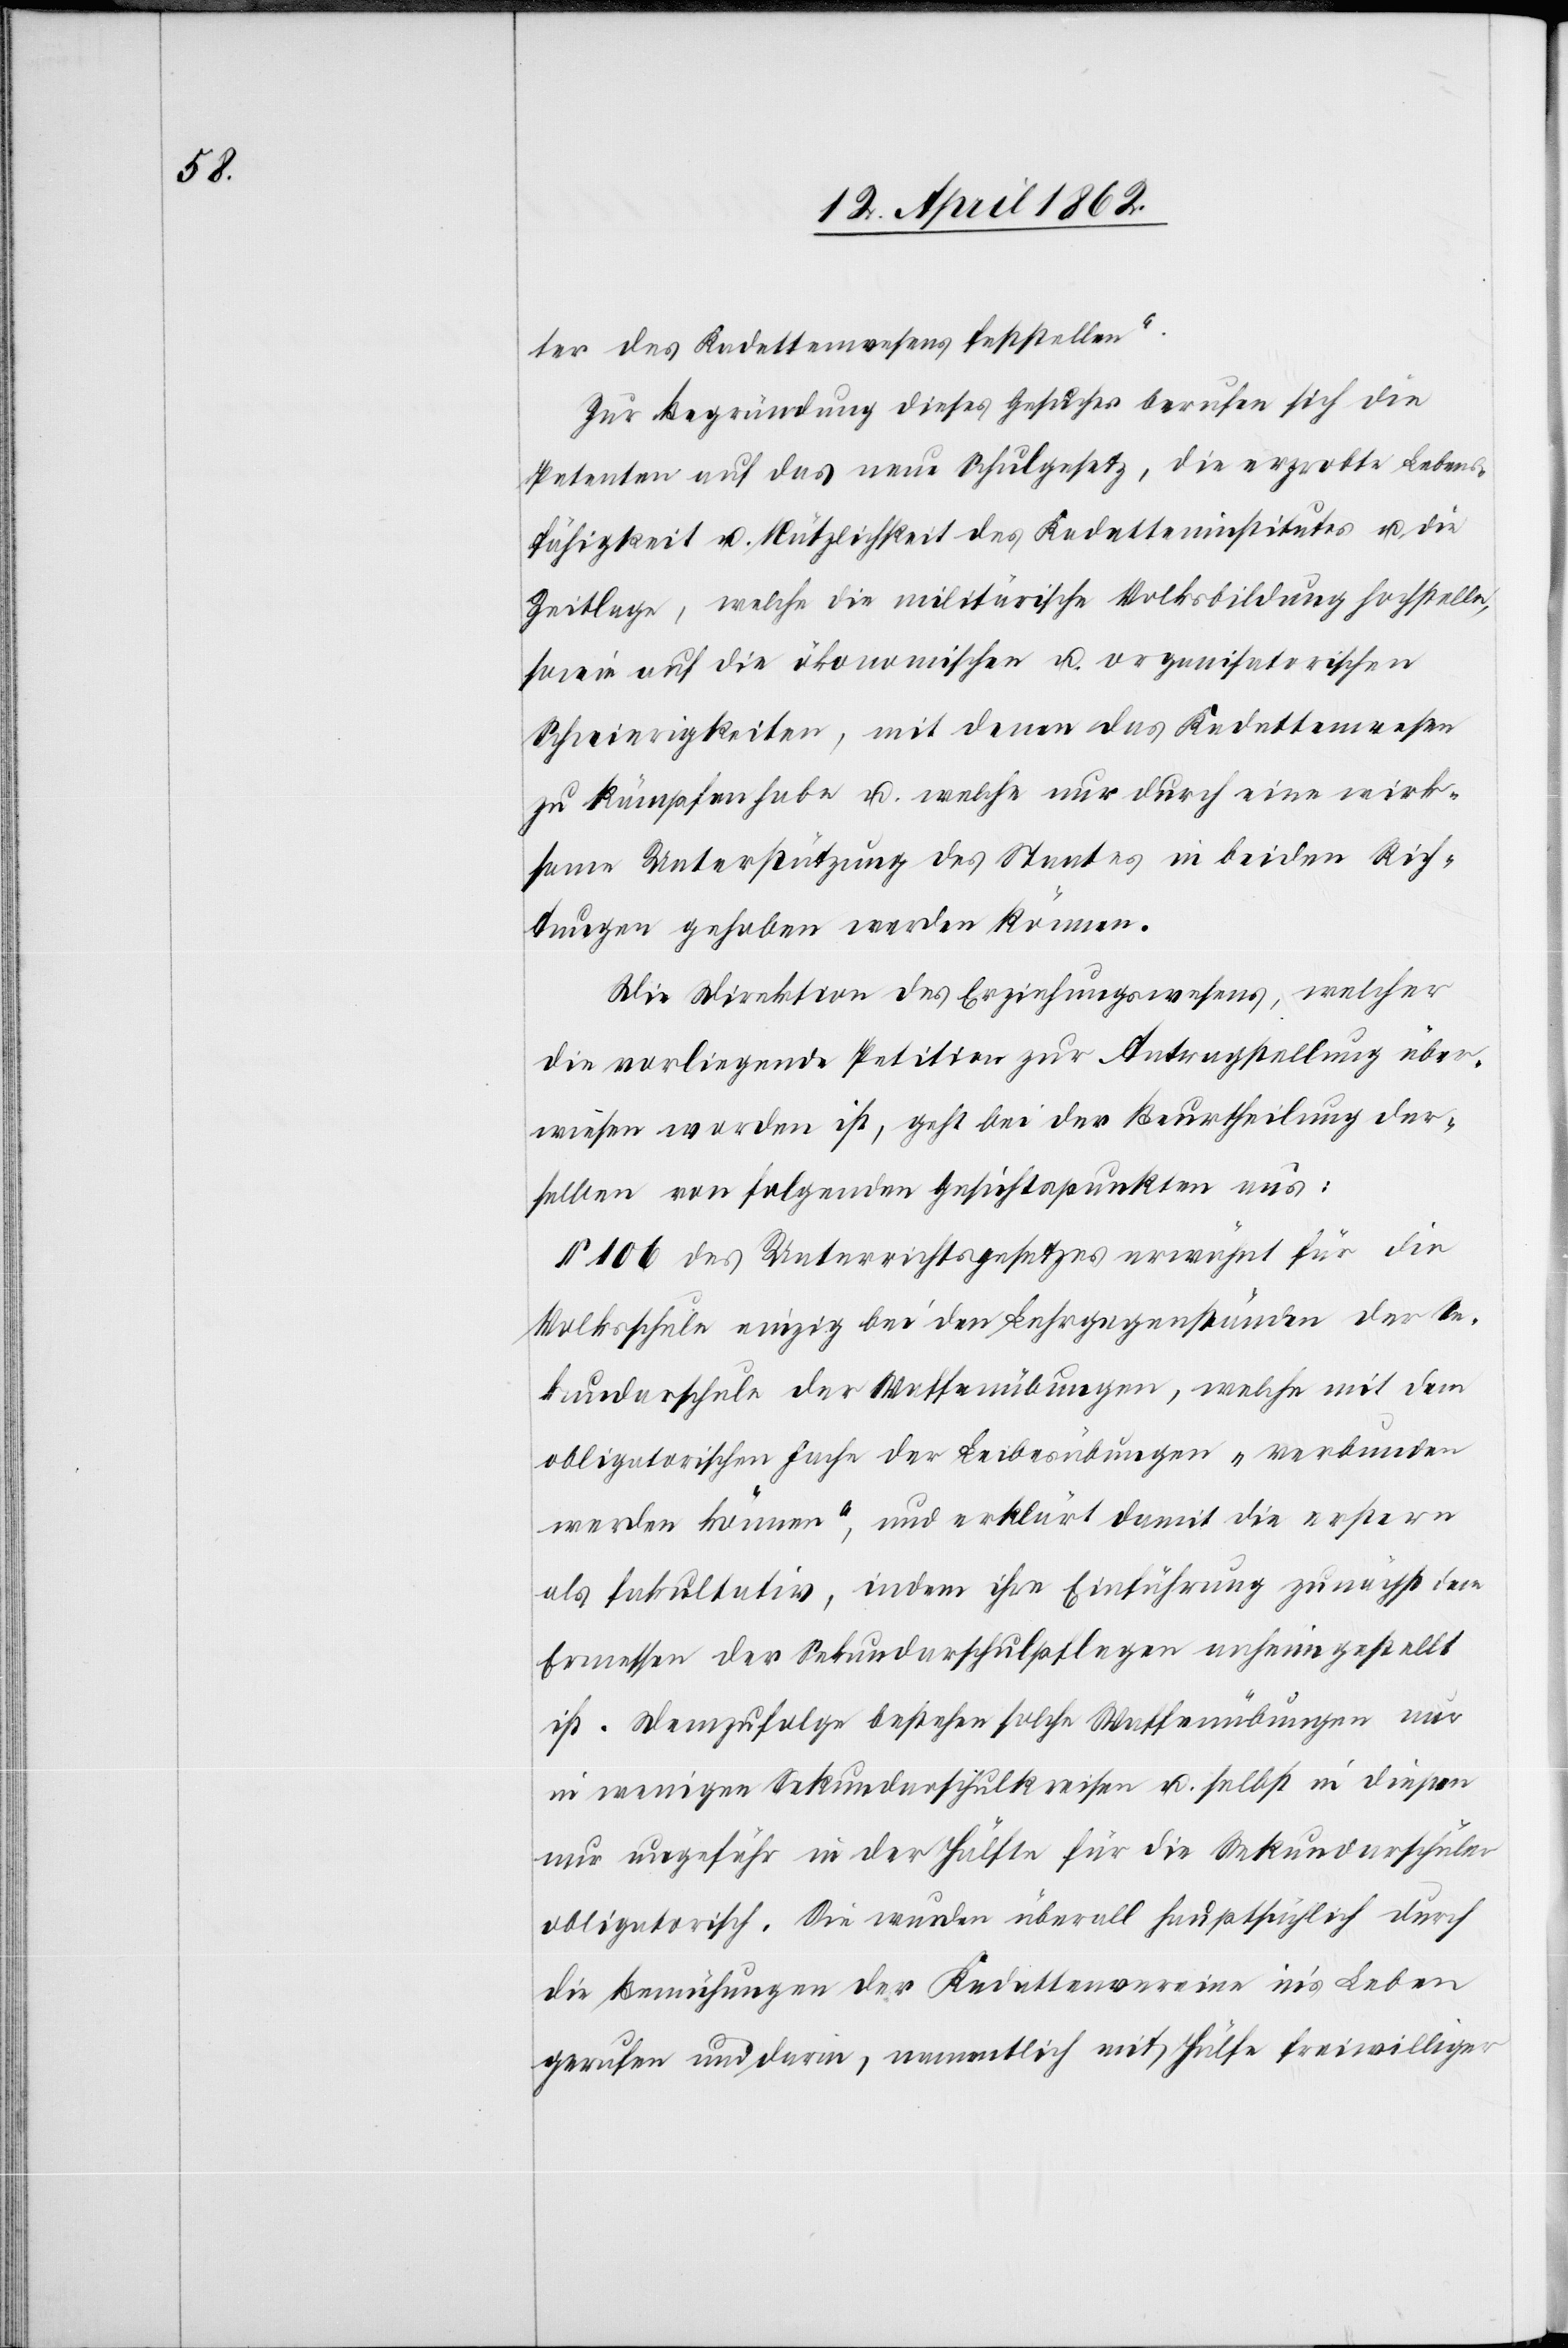
ter des Kadettenwesens feststellen.“
Zur Begründung dieses Gesuches berufen sich die
Petenten auf das neue Schulgesetz, die erprobte Lebens¬
fähigkeit u. Nützlichkeit des Kadetteninstitutes u. die
Zeitlage, welche die militärische Volksbildung hochstelle,
sowie auf die ökonomischen u. organisatorischen
Schwierigkeiten, mit denen das Kadettenwesen
zu kämpfen habe u. welche nur durch eine wirk¬
same Unterstützung des Staates in beiden Rich¬
tungen gehoben werden können.
Die Direktion des Erziehungswesens, welcher
die vorliegende Petition zur Antragstellung über¬
wiesen worden ist, geht bei der Beurtheilung der¬
selben von folgenden Gesichtspunkten aus:
§ 106 des Unterrichtsgesetzes erwähnt für die
Volksschule einzig bei den Lehrgegenständen der Se¬
kundarschule der Waffenübungen, welche mit dem
obligatorischen Fache der Leibesübungen „verbunden
werden können“, und erklärt damit die erstern
als fakultativ, indem ihre Einführung zunächst dem
Ermessen der Sekundarschulpflegen anheim gestellt
ist. Demzufolge bestehen solche Waffenübungen nur
in wenigen Sekundarschulkreisen u. selbst in diesen
nur ungefähr in der Hälfte für die Sekundarschulen
obligatorisch. Sie wurden überall hauptsächlich durch
die Bemühungen der Kadettenvereine in’s Leben
gerufen und daran, namentlich mit Hülfe freiwilliger